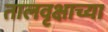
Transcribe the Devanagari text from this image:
तालवृक्षाच्या